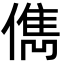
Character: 儁